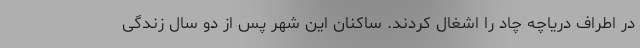
در اطراف دریاچه چاد را اشغال کردند. ساکنان این شهر پس از دو سال زندگی